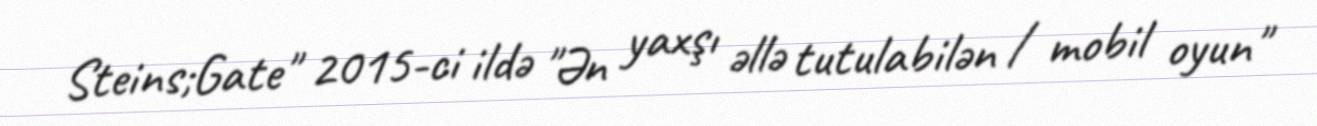
Steins;Gate" 2015-ci ildə "Ən yaxşı əllə tutulabilən / mobil oyun"